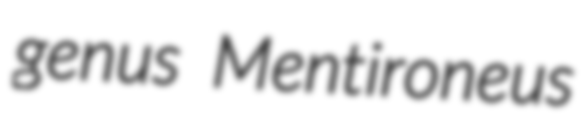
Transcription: genus Mentironeus